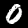
Digit: 0